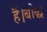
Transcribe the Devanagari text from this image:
हैं।बौद्ध